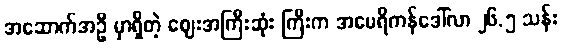
အဆောက်အဦ မှာရှိတဲ့ ဈေးအကြီးဆုံး ကြီးက အမေရိကန်ဒေါ်လာ ၂၆.၅ သန်း